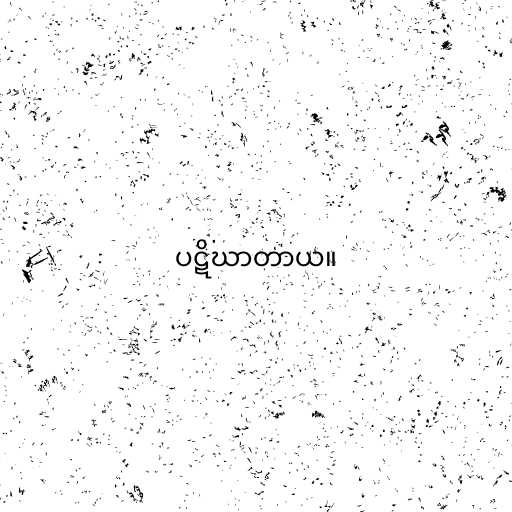
ပဋိဃာတာယ။